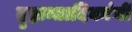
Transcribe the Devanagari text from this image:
दृष्टान्तादिकांनी